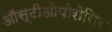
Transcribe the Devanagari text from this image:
ऑस्टीओपोरोसिस